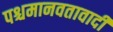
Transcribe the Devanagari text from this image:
पश्चमानवतावादी